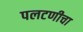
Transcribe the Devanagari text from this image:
पलटणीचा